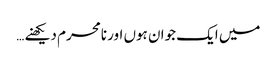
میں ایک جوان ہوں اور نامحرم دیکھنے …